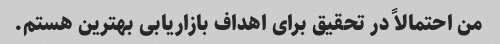
من احتمالاً در تحقیق برای اهداف بازاریابی بهترین هستم.